Statistical return of the lunatic asylum in Assam - 1912-1932
Year: 1912
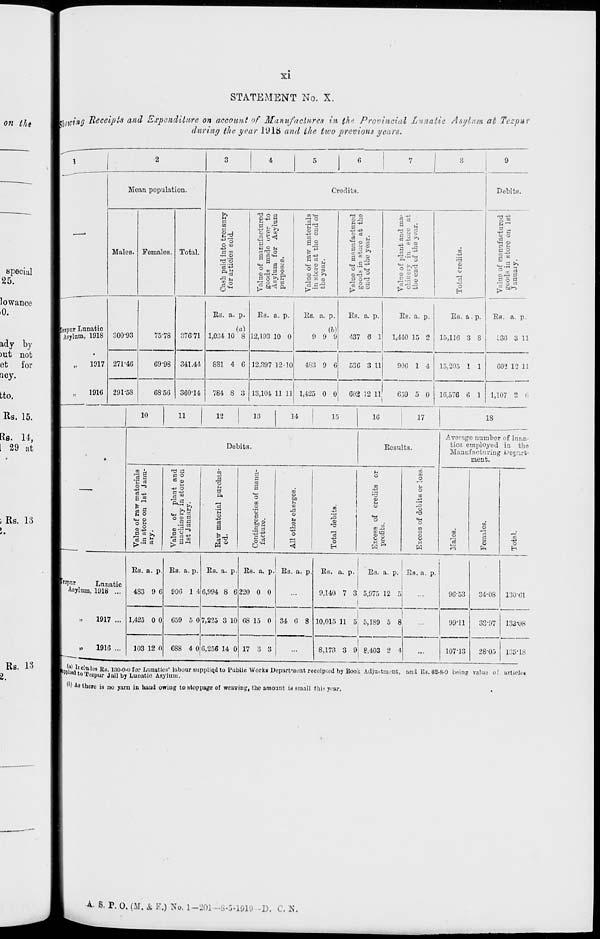
XI
STATEMENT No. X.
a n0 ing Receipts and Expenditure on account of Manufactures in the Provincial Lunatic Asylum at Tezpur
during the year JUlii and the two previous gears.
\
| •
"2
3
4
5
6
7
8
9
—
Moan population.
Credits.
Debits.
Males. Females. Total.
Cash paid into treasury
for articles sold.
Value of manufactured
goods made over to
Asylum for Asylum
purposes.
Value of raw materials
in store at the end of
the year.
Value of manufactured
goods in store at tho
end of the yoar.
Value of plant and ma-
chinery in store at
tho end of the year.
Total credits.
Value of manufactured
goods in store on 1st
January.
bipur Lunatic
I Asylum, 1918
„
1917
„
1916
300-93
75-78 37671
Es. a. p.
(a)
1,034 10 8
Es. a. p.
12,193 10 0
Es. a. p.
(6)
9 9 9
Es. a. p.
437 6 1
Es. a. p.
1,440 15 2
Es. a. p.
15,116 3 S
Es. a. p.
136 3 11
271-46
69-98 341.44
881 4 G 12,397 12 '10
483 9 6
536 3 11
906 1 4 15,205 1 1
602 12 11
291-58
68-56 360-14
784 8 3 13,104 11 11 1,425 0 0
602 12 11
659 5 0 16,576 6 1 1,107 2 t;
10
11
12
13
14
15
16
17
IS
Debits.
Eeaults.
Average number of luna-
tics employed in tha
Manufacturing Depart-
ment.
—.
Value of raw materials
in store on 1st Janu-
ary.
Value of plant and
machinery in store on
1st January.
Eaw material purchas-
ed.
Contingencies of manu-
facture.
to
o
bo
u
n
.a o
M
o
0
<
Total debits.
u
o
m
+?
9 u
a
«H
O
£ g
M a
m
CO
O
s
CD
o
«H
O
m
o
«
to
m
o
a
9
"c!
o
E-t
pttpx
Lunatic
Asylum, 1D18 ...
1917 ...
»
1916 ...
Es. a. p.
4S3 9 6
1,425 0 0
103 12 0
Es. a. p.
906 1 4
659 5 0
Es. a. p.
6,994 8 6
Es. a. p.i Es. a. p
220 0 0
7,225 3 10
688 4 0 0,256 14 0
08 15 0 34 6 8
17 3 3
Es. a. p. | Es. a. p.
9,140 7 3 5,975 12 5
Es. a. p.
9G-53
10,015 11 5' 5,189 5 8,
8,173 3 9: g,403 2 4
99-11
34-08
33-97
13001
133-08
107-13
28-05 135*18
Li|?L*[ c ' ules Its. l;)0-(Mi for Lunatics' labour supplied to Public Works Department recoipiod by Book Adjustment, and KB. 62-8-0 being value of article!
puwtoTagpur Jail by Lunatic Asylum.
I) As there is no yarn in hand owing to stoppage of weaving, the amount id small thi j year,
■ •4. S. P. o. (II. ft K.) No. 1-201 -8-5.1919 -D. C. H.